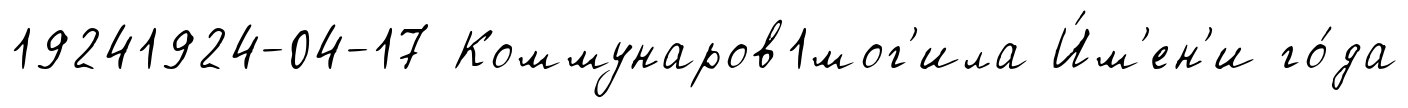
19241924-04-17 Коммунаров1мог'ила И́м'ен'и го́да